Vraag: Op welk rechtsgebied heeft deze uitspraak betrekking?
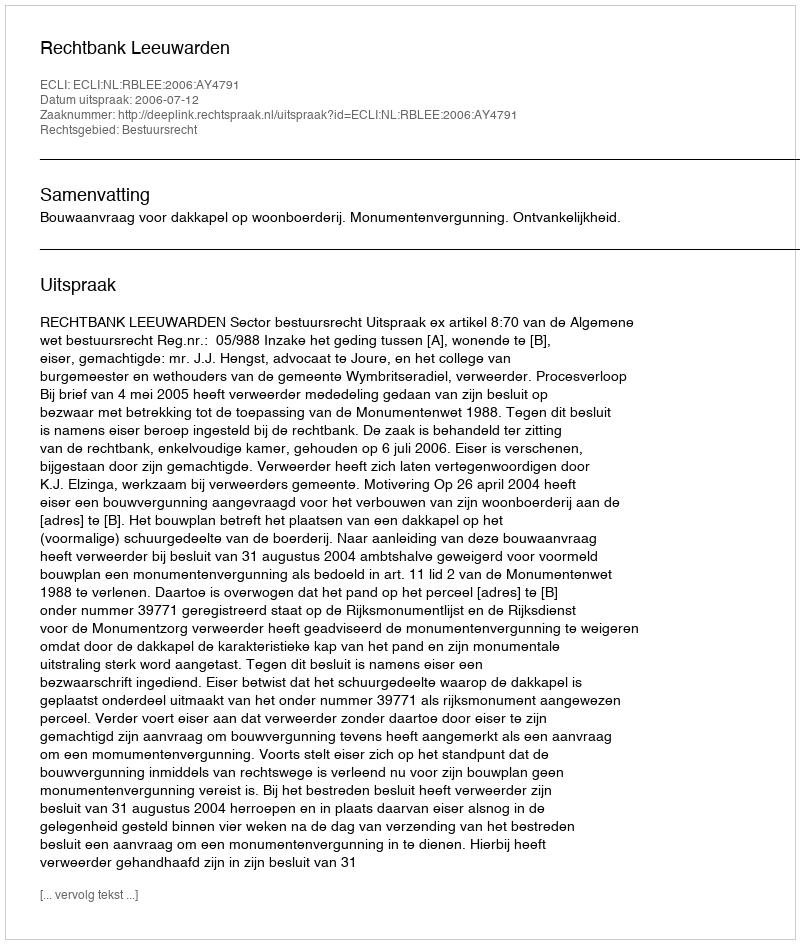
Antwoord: Bestuursrecht